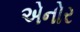
એનોર